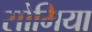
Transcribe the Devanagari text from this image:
सोमिया